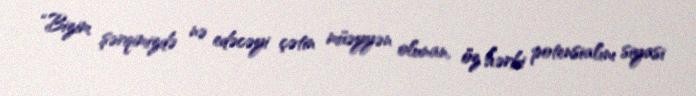
“Bizim şərqimizdə nə edəcəyi çətin müəyyən olunan, öz hərbi potensialını siyasi